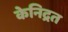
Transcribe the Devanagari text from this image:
केनिद्रत